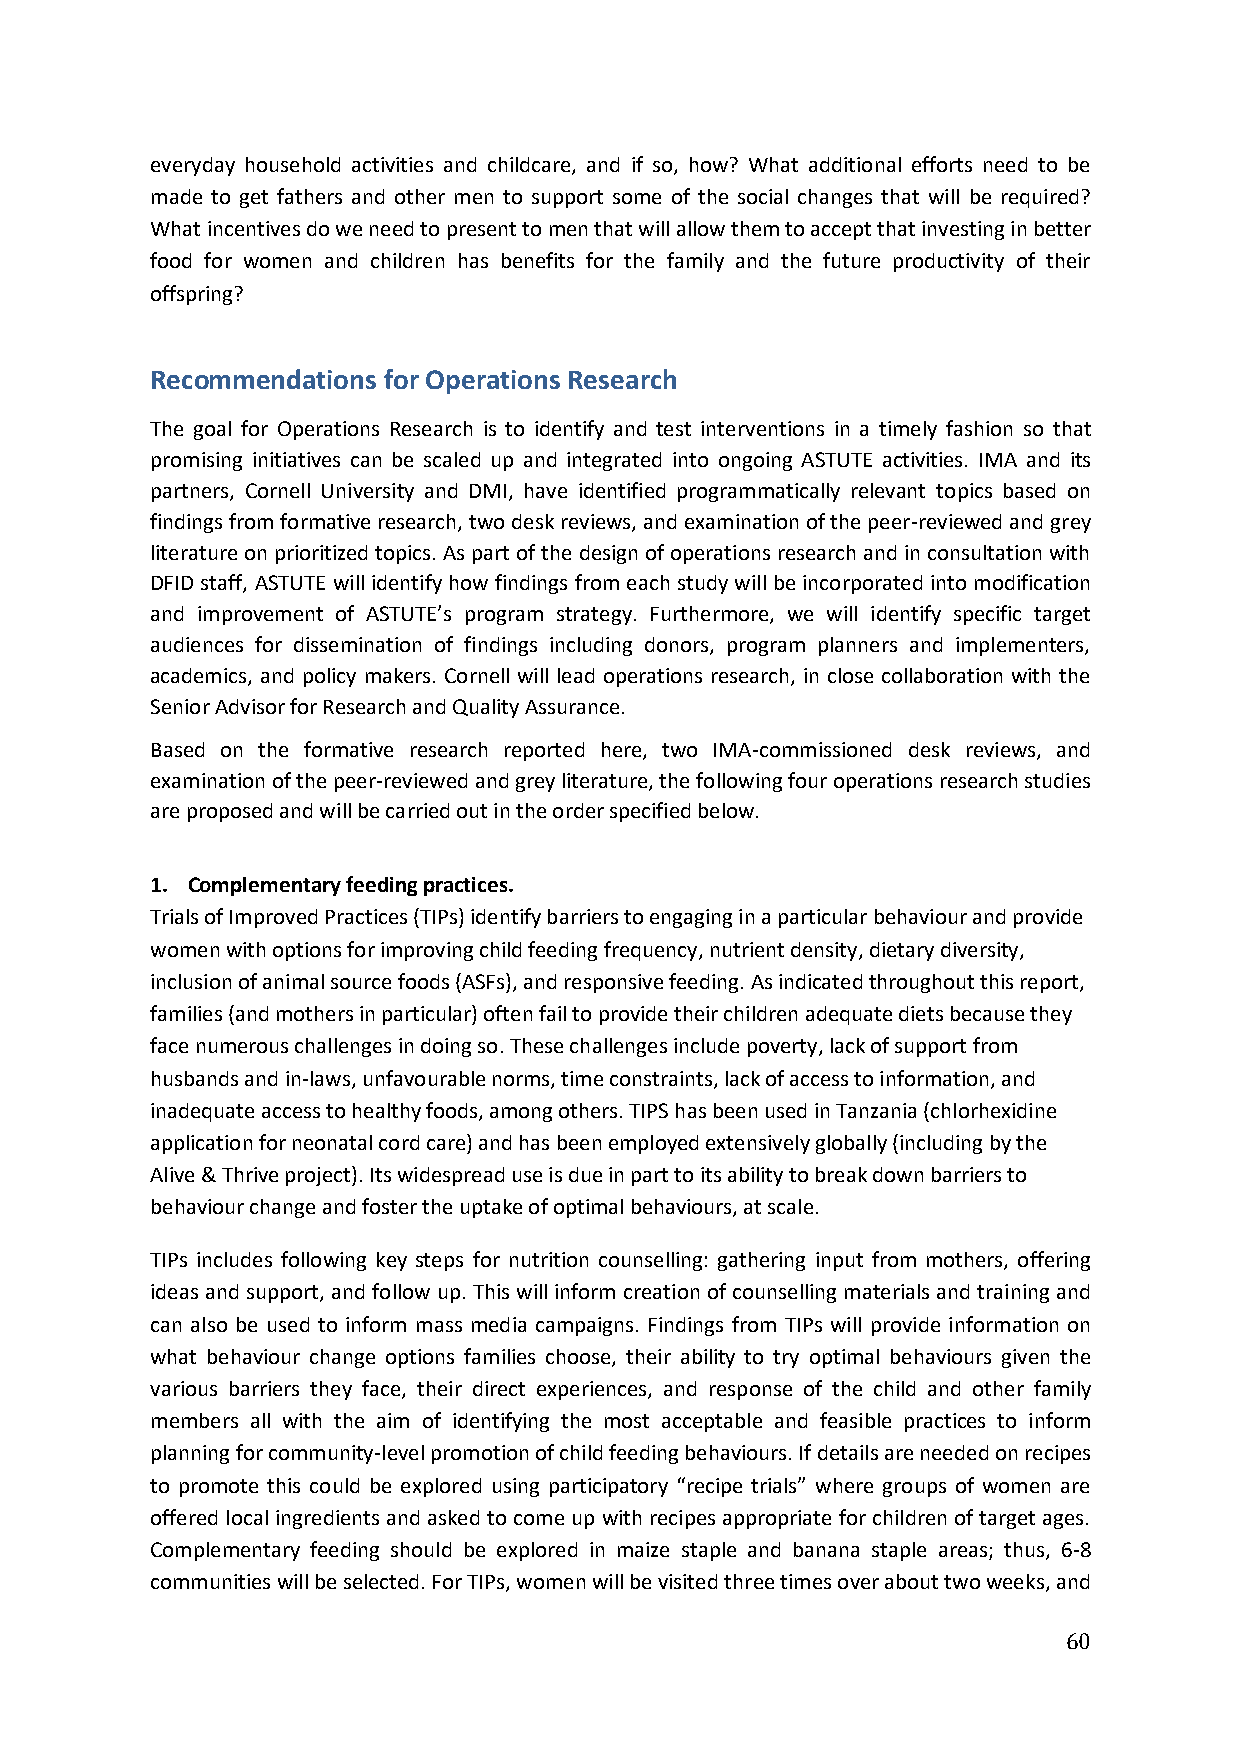
everyday household activities and childcare, and if so, how? What additional efforts need to be
 made to get fathers and other men to support some of the social changes that will be required?
 What incentives do we need to present to men that will allow them to accept that investing in better
 food for women and children has benefits for the family and the future productivity of their
 offspring?
 Recommendations for Operations Research
 The goal for Operations Research is to identify and test interventions in a timely fashion so that
 promising initiatives can be scaled up and integrated into ongoing ASTUTE activities. IMA and its
 partners, Cornell University and DMI, have identified programmatically relevant topics based on
 findings from formative research, two desk reviews, and examination of the peer-reviewed and grey
 literature on prioritized topics. As part of the design of operations research and in consultation with
 DFID staff, ASTUTE will identify how findings from each study will be incorporated into modification
 and improvement of ASTUTE’s program strategy. Furthermore, we will identify specific target
 audiences for dissemination of findings including donors, program planners and implementers,
 academics, and policy makers. Cornell will lead operations research, in close collaboration with the
 Senior Advisor for Research and Quality Assurance.
 Based on the formative research reported here, two IMA-commissioned desk reviews, and
 examination of the peer-reviewed and grey literature, the following four operations research studies
 are proposed and will be carried out in the order specified below.
 1. Complementary feeding practices.
 Trials of Improved Practices (TIPs) identify barriers to engaging in a particular behaviour and provide
 women with options for improving child feeding frequency, nutrient density, dietary diversity,
 inclusion of animal source foods (ASFs), and responsive feeding. As indicated throughout this report,
 families (and mothers in particular) often fail to provide their children adequate diets because they
 face numerous challenges in doing so. These challenges include poverty, lack of support from
 husbands and in-laws, unfavourable norms, time constraints, lack of access to information, and
 inadequate access to healthy foods, among others. TIPS has been used in Tanzania (chlorhexidine
 application for neonatal cord care) and has been employed extensively globally (including by the
 Alive & Thrive project). Its widespread use is due in part to its ability to break down barriers to
 behaviour change and foster the uptake of optimal behaviours, at scale.
 TIPs includes following key steps for nutrition counselling: gathering input from mothers, offering
 ideas and support, and follow up. This will inform creation of counselling materials and training and
 can also be used to inform mass media campaigns. Findings from TIPs will provide information on
 what behaviour change options families choose, their ability to try optimal behaviours given the
 various barriers they face, their direct experiences, and response of the child and other family
 members all with the aim of identifying the most acceptable and feasible practices to inform
 planning for community-level promotion of child feeding behaviours. If details are needed on recipes
 to promote this could be explored using participatory “recipe trials” where groups of women are
 offered local ingredients and asked to come up with recipes appropriate for children of target ages.
 Complementary feeding should be explored in maize staple and banana staple areas; thus, 6-8
 communities will be selected. For TIPs, women will be visited three times over about two weeks, and
 60